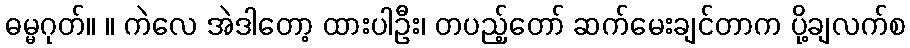
ဓမ္မဂုတ်။ ။ ကဲလေ အဲဒါတော့ ထားပါဦး၊ တပည့်တော် ဆက်မေးချင်တာက ပို့ချလက်စ